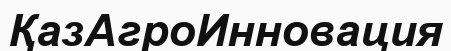
ҚазАгроИнновация